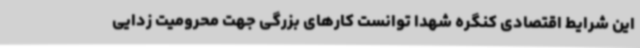
این شرایط اقتصادی کنگره شهدا توانست کارهای بزرگی جهت محرومیت زدایی